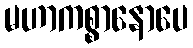
မဟာကစ္စာနောပေ